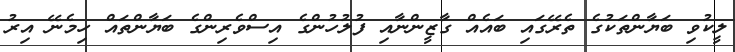
ލީކުވި ބަޔާންތަކުގެ ތެރޭގައި ބައެއް ގާޒީންނާއި ފުލުހުންގެ އިސްވެރިންގެ ބަޔާންތައް ހިމެނޭ އިރު